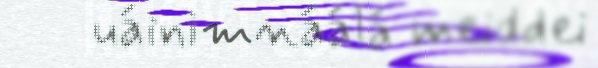
uáinimnáálá meiddei